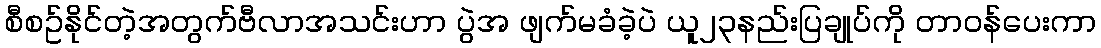
စီစဥ်နိုင်တဲ့အတွက်ဗီလာအသင်းဟာ ပွဲအ ဖျက်မခံခဲ့ပဲ ယူ၂၃နည်းပြချုပ်ကို တာဝန်ပေးကာ